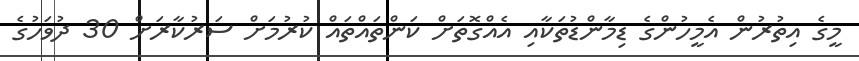
މީގެ އިތުރުން އެމީހުންގެ ޑިމާންޑުތަކާއި އެއްގޮތަށް ކަންތައްތައް ކުރުމަށް ސަރުކާރަށް 30 ދުވަހުގެ